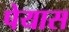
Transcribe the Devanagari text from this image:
पेयास